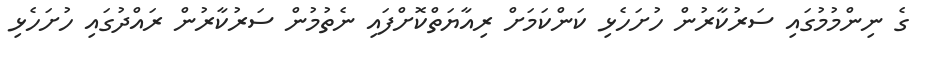
ގެ ނިންމުމުގައި ސަރުކާރުން ހުށަހެޅި ކަންކަމަށް ރިއާޔަތްކޮށްފައި ނެތުމުން ސަރުކާރުން ރައްދުގައި ހުށަހެޅި